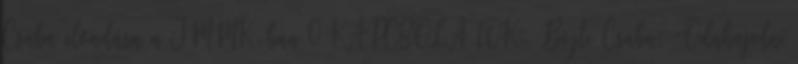
Csaba előadása a JMMK-ban 0 KAPCSOLATOK- Böjte Csaba: “Odahajolni